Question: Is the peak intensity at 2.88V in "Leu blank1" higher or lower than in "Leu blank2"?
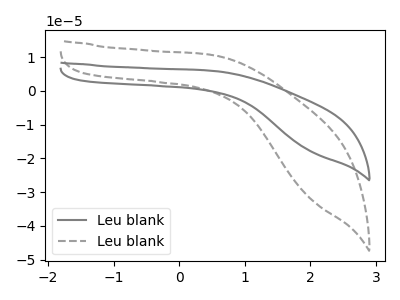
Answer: <think>The gray curve "Leu blank1" has no peaks. The gray dashed curve "Leu blank2" has no peaks.</think>
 <answer>"Leu blank1" and "Leu blank2" dont share a peak at 2.88V.</answer>
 <eval>mismatch</eval>